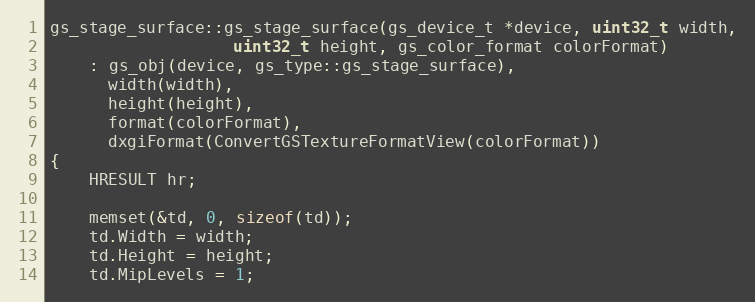
Language: C++
gs_stage_surface::gs_stage_surface(gs_device_t *device, uint32_t width,
				   uint32_t height, gs_color_format colorFormat)
	: gs_obj(device, gs_type::gs_stage_surface),
	  width(width),
	  height(height),
	  format(colorFormat),
	  dxgiFormat(ConvertGSTextureFormatView(colorFormat))
{
	HRESULT hr;

	memset(&td, 0, sizeof(td));
	td.Width = width;
	td.Height = height;
	td.MipLevels = 1;